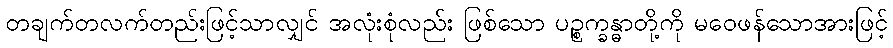
တချက်တလက်တည်းဖြင့်သာလျှင် အလုံးစုံလည်း ဖြစ်သော ပဉ္စက္ခန္ဓာတို့ကို မဝေဖန်သောအားဖြင့်